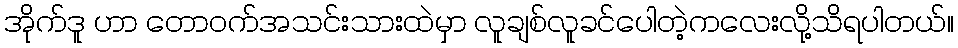
အိုက်ဒူ ဟာ တောဝက်အသင်းသားထဲမှာ လူချစ်လူခင်ပေါတဲ့ကလေးလို့သိရပါတယ်။